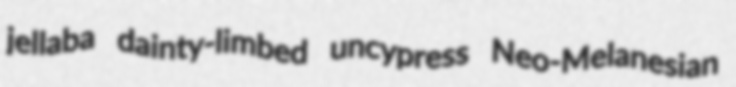
jellaba dainty-limbed uncypress Neo-Melanesian